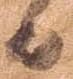
日